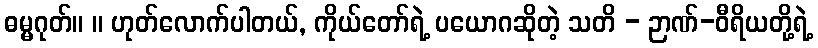
ဓမ္မဂုတ်။ ။ ဟုတ်လောက်ပါတယ်, ကိုယ်တော်ရဲ့ ပယောဂဆိုတဲ့ သတိ - ဉာဏ်-ဝီရိယတို့ရဲ့